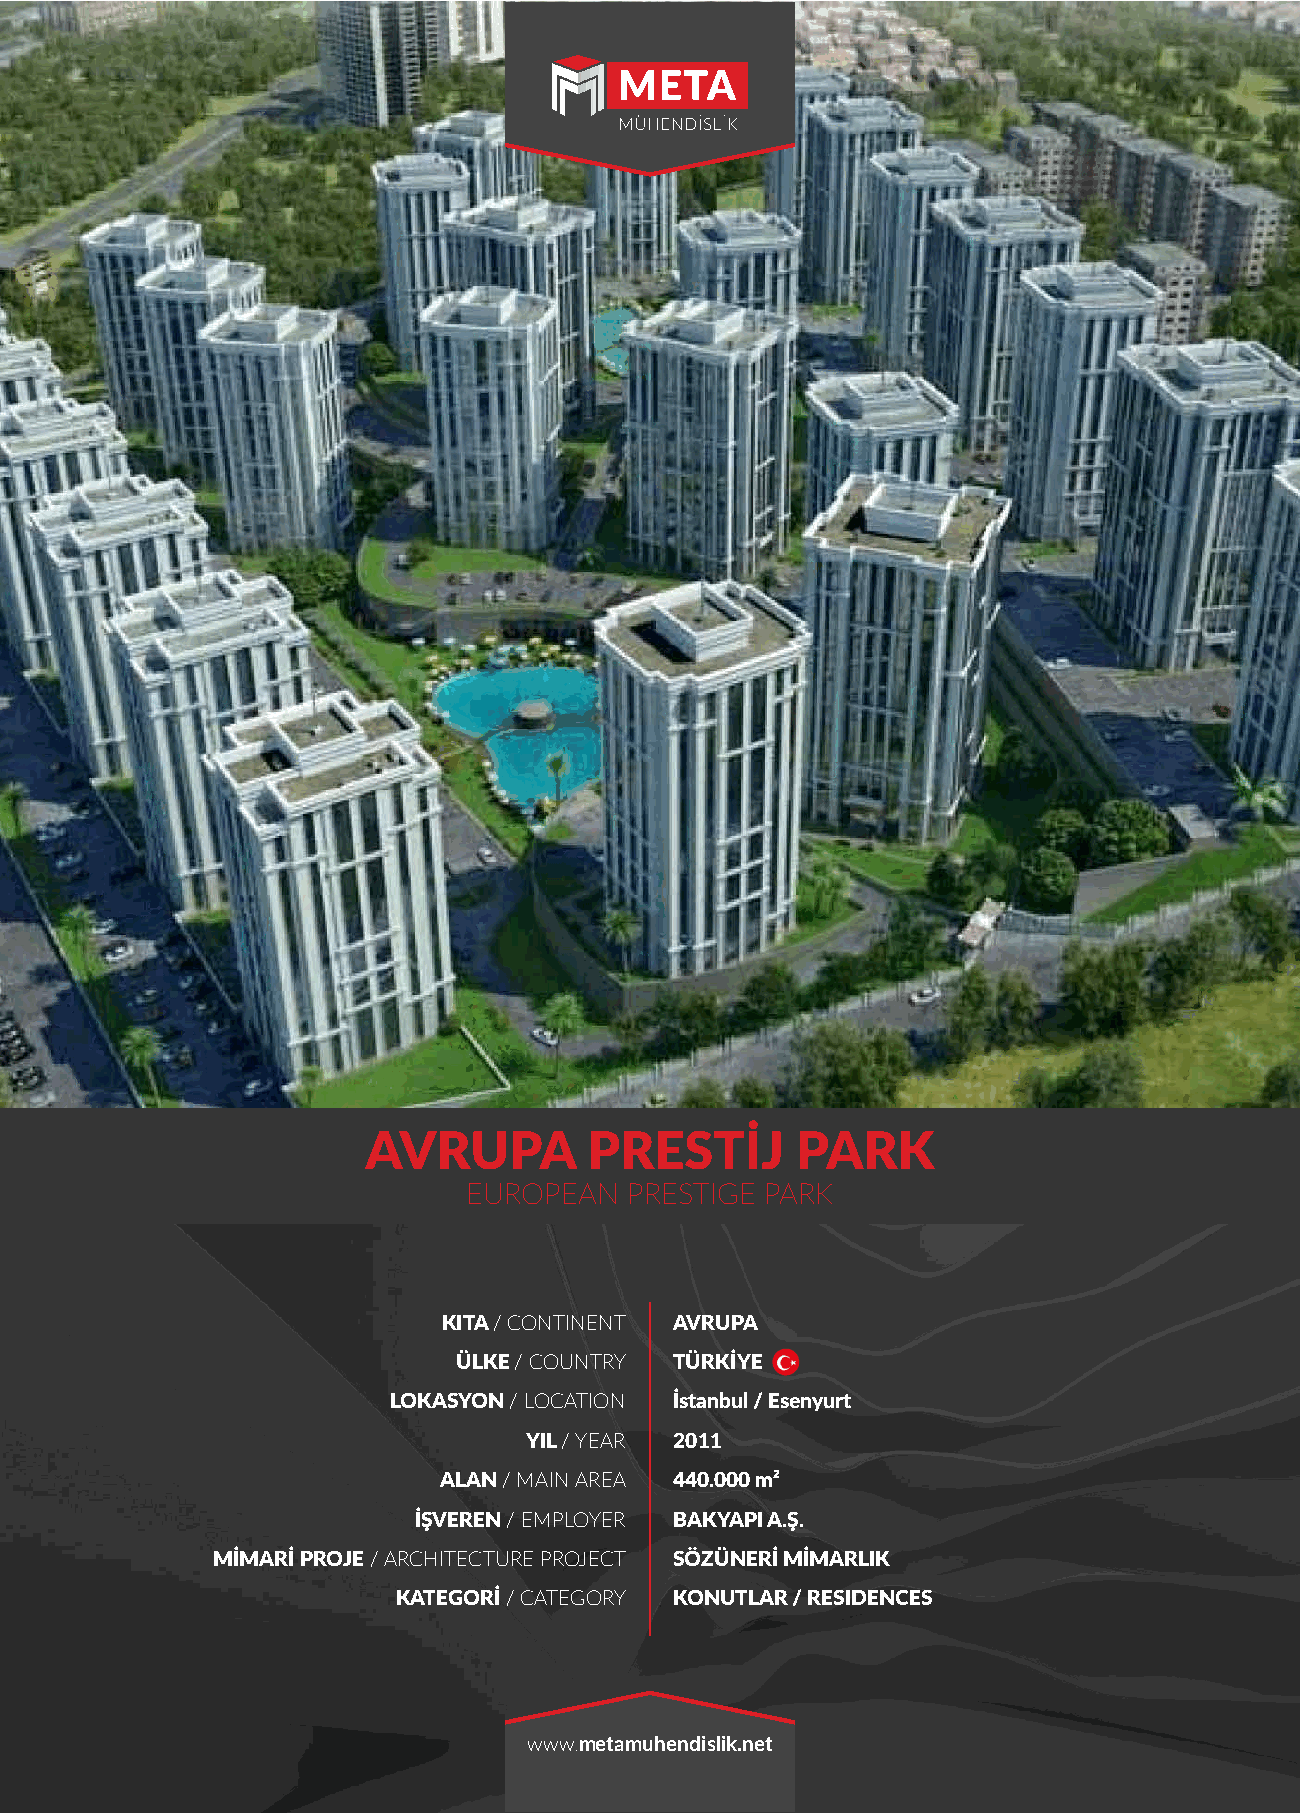
AVRUPA         PRESTİJ       PARK
 EUROPEAN  PRESTIGE  PARK
 KITA / CONTINENT AVRUPA
 ÜLKE / COUNTRY TÜRKİYE
 LOKASYON / LOCATION İstanbul / Esenyurt
 YIL / YEAR 2011
 ALAN / MAIN AREA 440.000 m²
 İŞVEREN / EMPLOYER BAKYAPI A.Ş.
 MİMARİ PROJE / ARCHITECTURE PROJECT SÖZÜNERİ MİMARLIK
 KATEGORİ / CATEGORY KONUTLAR / RESIDENCES
 www.metamuhendislik.net